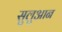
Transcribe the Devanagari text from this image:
सुलुआन